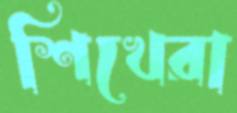
শিখেরা